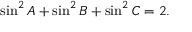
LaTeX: \displaystyle \sin ^ { 2 } { A } + \sin ^ { 2 } { B } + \sin ^ { 2 } { C } = 2 .